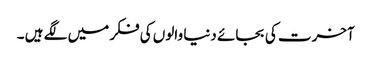
آخرت کی بجائے دنیا والوں کی فکر میں لگے ہیں ۔